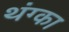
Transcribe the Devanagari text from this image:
थंग्का